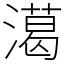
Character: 㵧